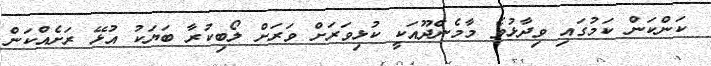
ކަންކަން ކަމުގައި ވިދާޅުވެ މާމެންދޫއަކީ ކުޅިވަރަށް ވަރަށް ލޯބިކުރާ ބަޔަކު އުޅޭ ރަށެއްކަން